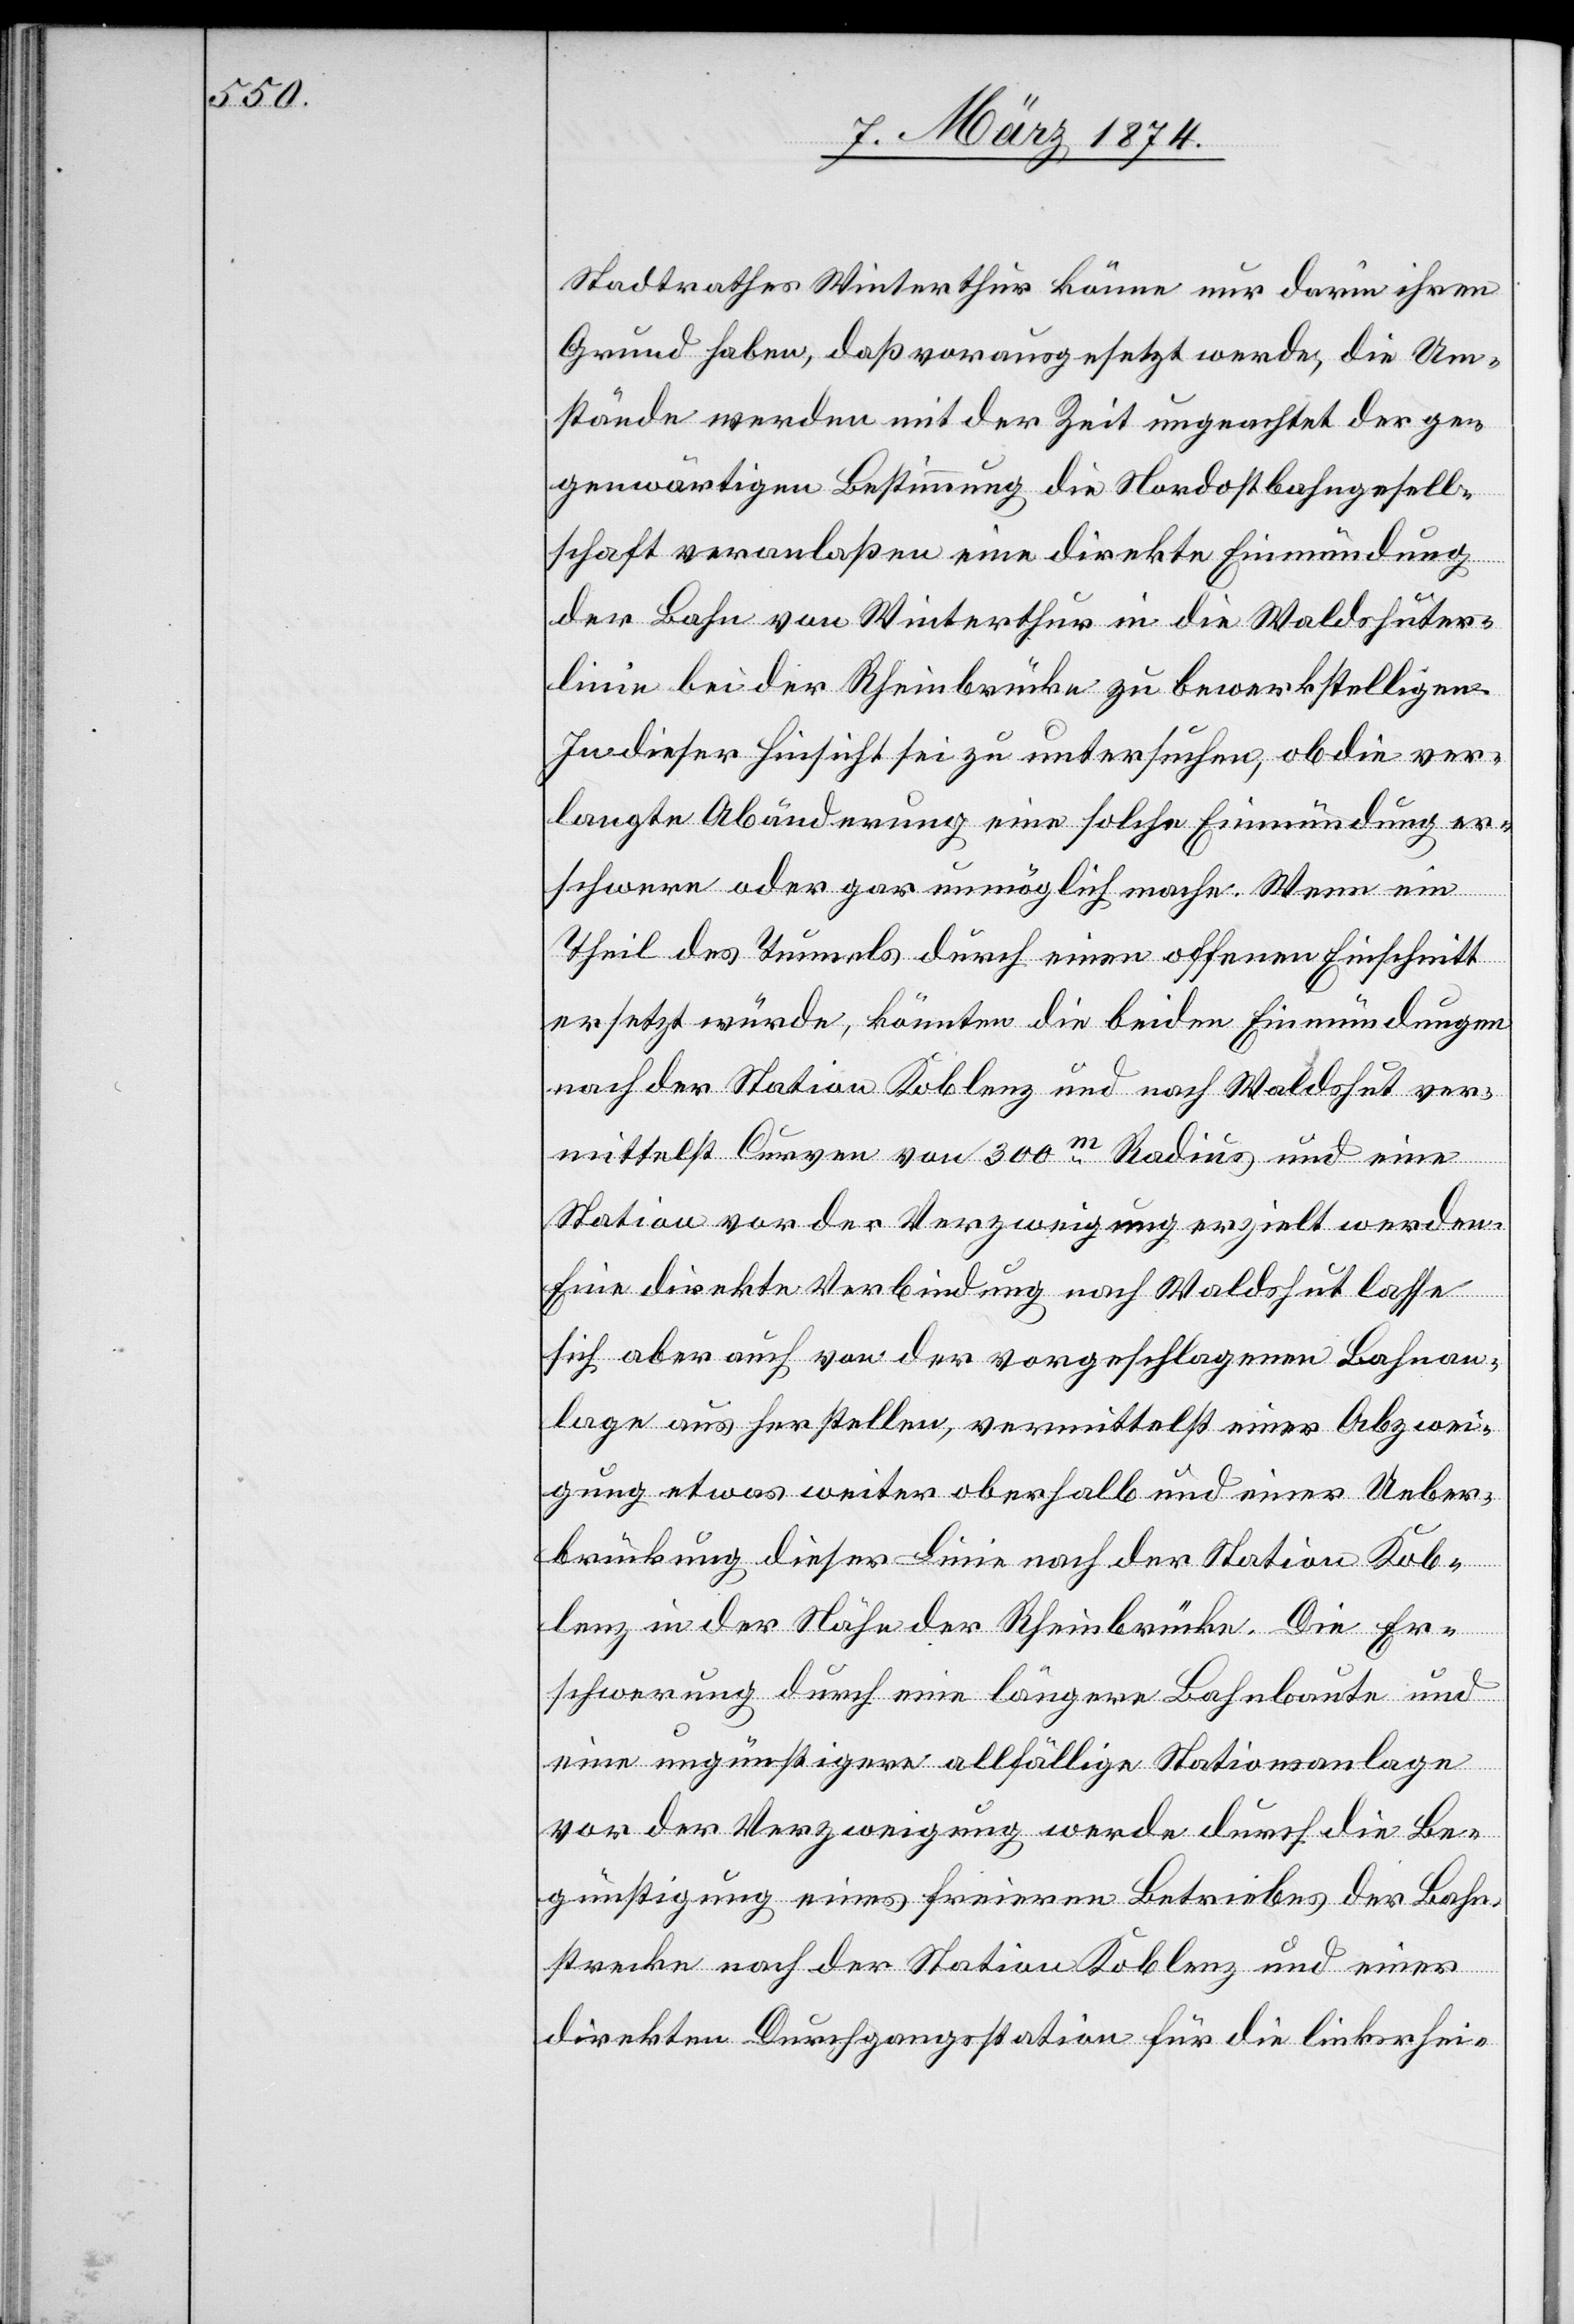
Stadtrathes Winterthur könne nur darin ihren
Grund haben, daß vorausgesetzt werde, die Um¬
stände werden mit der Zeit ungeachtet der ge¬
genwärtigen Bestimmung die Nordostbahngesell¬
schaft veranlaßen eine direkte Einmündung
der Bahn von Winterthur in die Waldshuter¬
linie bei der Rheinbrücke zu bewerkstelligen.
In dieser Hinsicht sei zu untersuchen, ob die ver¬
langte Abänderung eine solche Einmündung er¬
schwere oder gar unmögliche mache. Wenn ein
Theil des Tunnels durch einen offenen Einschnitt
ersetzt würde, könnten die beiden Einmündungen
nach der Station Koblenz und nach Waldshut ver¬
mittelst Curven von 300m Radius und einer
Station vor der Verzweigung erzielt werden.
Eine direkte Verbindung nach Waldshut lasse
sich aber auch von der vorgeschlagenen Bahnan¬
lage aus herstellen, vermittelst einer Abzwei¬
gung etwas weiter oberhalb und einer Ueber¬
brückung dieser Linie nach der Station Kob¬
lenz in der Nähe der Rheinbrücke. Die Er¬
schwerung durch eine längere Bahnbaute und
eine ungünstigere allfällige Stationsanlage
vor der Verzweigung werde durch die Be¬
günstigung eines freieren Betriebes der Bahn¬
strecke nach der Station Koblenz und einer
direkten Durchgangsstation für die linksrhei-